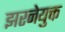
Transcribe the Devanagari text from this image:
झरनेयुक्त